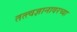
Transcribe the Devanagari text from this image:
तत्त्वज्ञानावरच्या